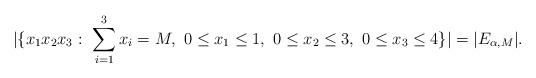
LaTeX: \begin{align*} |\{x_1x_2x_3: \ \sum_{i=1}^3x_i=M, \ 0\leq x_1\leq 1, \ 0\leq x_2\leq 3, \ 0\leq x_3\leq 4\}|=|E_{\alpha,M}|.\end{align*}